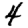
Digit: 4